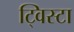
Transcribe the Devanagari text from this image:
ट्विस्टा